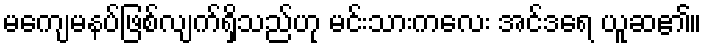
မကျေမနပ်ဖြစ်လျက်ရှိသည်ဟု မင်းသားကလေး အင်ဒရေ ယူဆ၏။